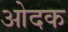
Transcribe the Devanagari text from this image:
ओदक